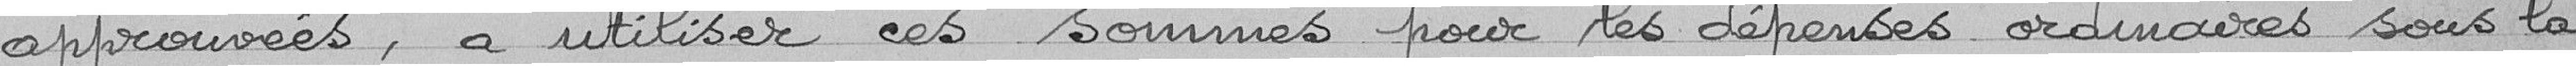
approuvées, à utiliser ces sommes pour les dépenses ordinaires sous la